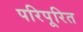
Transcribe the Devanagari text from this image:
परिपूरित